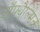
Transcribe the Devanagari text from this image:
ऑफ़्थैल्मिक